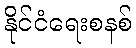
နိုင်ငံရေးစနစ်